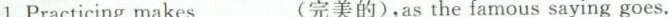
1.Practicing makes_(完美的),as the famous saying goes.